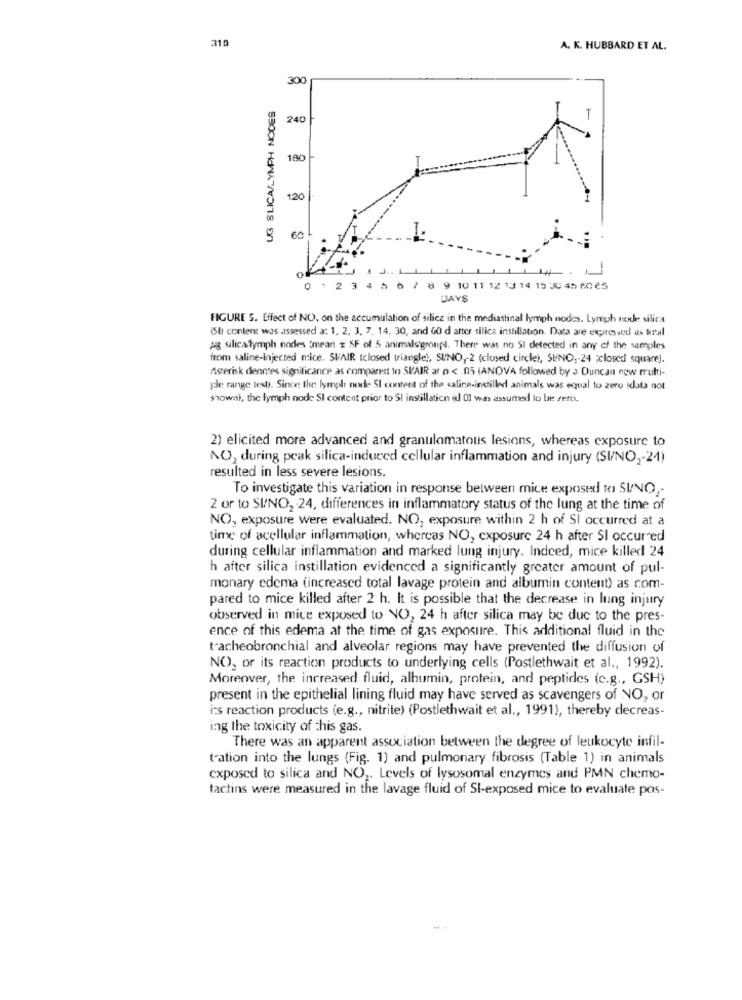
310
A. K. HUBBARD ET AL.
300
UG SLICA/LYMPH NODES
240
-
180
120
60
o
0 : 2 3 4 5 6 7 8 9 10 11 12 13 14 15 30 45 60 65
DAYS
FIGURE 5. Effect of NO, on the accumulation of silice in the mediastinal lymph nodes. Lymph node silica
(SI content was assessed a: 1, 2, 3, 7, 14, 30, and 60 d after silica instillation. Data are expressed as kral
pg silicalymph nodes (mean # SF of 5 animalogronpl. There was no 51 detected in any of the samples
from saline-injected mice. SIAIR tclosed triangle !, SUNO ,- 2 (closed circles, SUNO ,- 24 closed square).
Asterisk dennes significance as compared to SIAIR ar o < 05 (ANOVA followed by a Duncan now multi-
ple range test). Since the lymph node SI content of the caline-inchilled animals was equal to zero Idata not
shownl, the lymph node SI content prior to SI instillation id 0) was assumed lo be zero.
2) elicited more advanced and granulomatous lesions, whereas exposure to
NO, during peak silica-induced cellular inflammation and injury (SI/NO ,- 24)
resulted in less severe lesions.
To investigate this variation in response between mice exposed to SI/NO ,-
2 or to SI/NO, 24, differences in inflammatory status of the lung at the time of
NO, exposure were evaluated. NO, exposure within 2 h of SI occurred at a
time of acellular inflammation, whereas NO, exposure 24 h after SI occured
during cellular inflammation and marked lung injury. Indeed, mice killed 24
h after silica instillation evidenced a significantly greater amount of pul-
monary edema (increased total lavage protein and albumin content) as com-
pared to mice killed after 2 h. It is possible that the decrease in lung injury
observed in mice exposed to NO, 24 h after silica may be due to the pres-
ence of this edema at the time of gas exposure. This additional fluid in the
tracheobronchial and alveolar regions may have prevented the diffusion of
NO), or its reaction products to underlying cells (Postlethwait et al ., 1992).
Moreover, the increased fluid, albumin, protein, and peptides (c.g ., GSH)
present in the epithelial lining fluid may have served as scavengers of NO, or
i's reaction products (e.g ., nitrite) (Postlethwait et al ., 1991), thereby decreas-
ing the toxicity of this gas.
There was an apparent association between the degree of leukocyte infil-
tration into the lungs (Fig. 1) and pulmonary fibrosis (Table 1) in animals
exposed to silica and NO2. Levels of lysosomal enzymes and PMN chemo-
tactins were measured in the lavage fluid of Sl-exposed mice to evaluate pos-